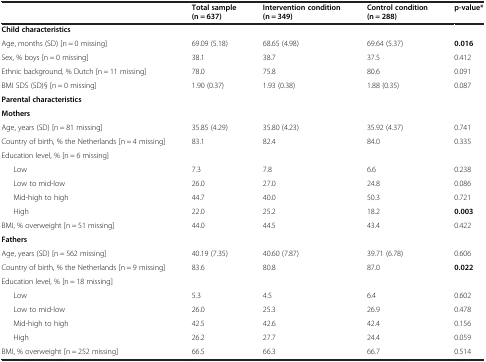
|  | Total sample (n = 637) | Intervention condition (n = 349) | Control condition (n = 288) | p-value* |
 | --- | --- | --- | --- | --- |
 | <COLSPAN=5> Child characteristics |
 | Age, months (SD) [n = 0 missing] | 69.09 (5.18) | 68.65 (4.98) | 69.64 (5.37) | 0.016 |
 | Sex, % boys [n = 0 missing] | 38.1 | 38.7 | 37.5 | 0.412 |
 | Ethnic background, % Dutch [n = 11 missing] | 78.0 | 75.8 | 80.6 | 0.091 |
 | BMI SDS (SD)§ [n = 0 missing] | 1.90 (0.37) | 1.93 (0.38) | 1.88 (0.35) | 0.087 |
 | <COLSPAN=5> Parental characteristics |
 | <COLSPAN=5> Mothers |
 | Age, years (SD) [n = 81 missing] | 35.85 (4.29) | 35.80 (4.23) | 35.92 (4.37) | 0.741 |
 | Country of birth, % the Netherlands [n = 4 missing] | 83.1 | 82.4 | 84.0 | 0.335 |
 | Education level, % [n = 6 missing] |  |  |  |  |
 | Low | 7.3 | 7.8 | 6.6 | 0.238 |
 | Low to mid-low | 26.0 | 27.0 | 24.8 | 0.086 |
 | Mid-high to high | 44.7 | 40.0 | 50.3 | 0.721 |
 | High | 22.0 | 25.2 | 18.2 | 0.003 |
 | BMI, % overweight [n = 51 missing] | 44.0 | 44.5 | 43.4 | 0.422 |
 | <COLSPAN=5> Fathers |
 | Age, years (SD) [n = 562 missing] | 40.19 (7.35) | 40.60 (7.87) | 39.71 (6.78) | 0.606 |
 | Country of birth, % the Netherlands [n = 9 missing] | 83.6 | 80.8 | 87.0 | 0.022 |
 | <COLSPAN=5> Education level, % [n = 18 missing] |
 | Low | 5.3 | 4.5 | 6.4 | 0.602 |
 | Low to mid-low | 26.0 | 25.3 | 26.9 | 0.478 |
 | Mid-high to high | 42.5 | 42.6 | 42.4 | 0.156 |
 | High | 26.2 | 27.7 | 24.4 | 0.059 |
 | BMI, % overweight [n = 252 missing] | 66.5 | 66.3 | 66.7 | 0.514 |